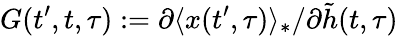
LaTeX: G(t^{\prime},t,\tau):=\partial\langle x(t^{\prime},\tau)\rangle_{*}/\partial\tilde{h}(t,\tau)